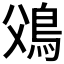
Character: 𩾿